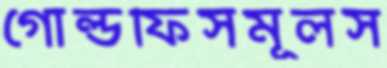
গোল্ডফিসমূলস